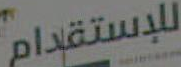
للإستقدام